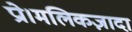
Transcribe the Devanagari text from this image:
प्रो।मलिकज़ादा